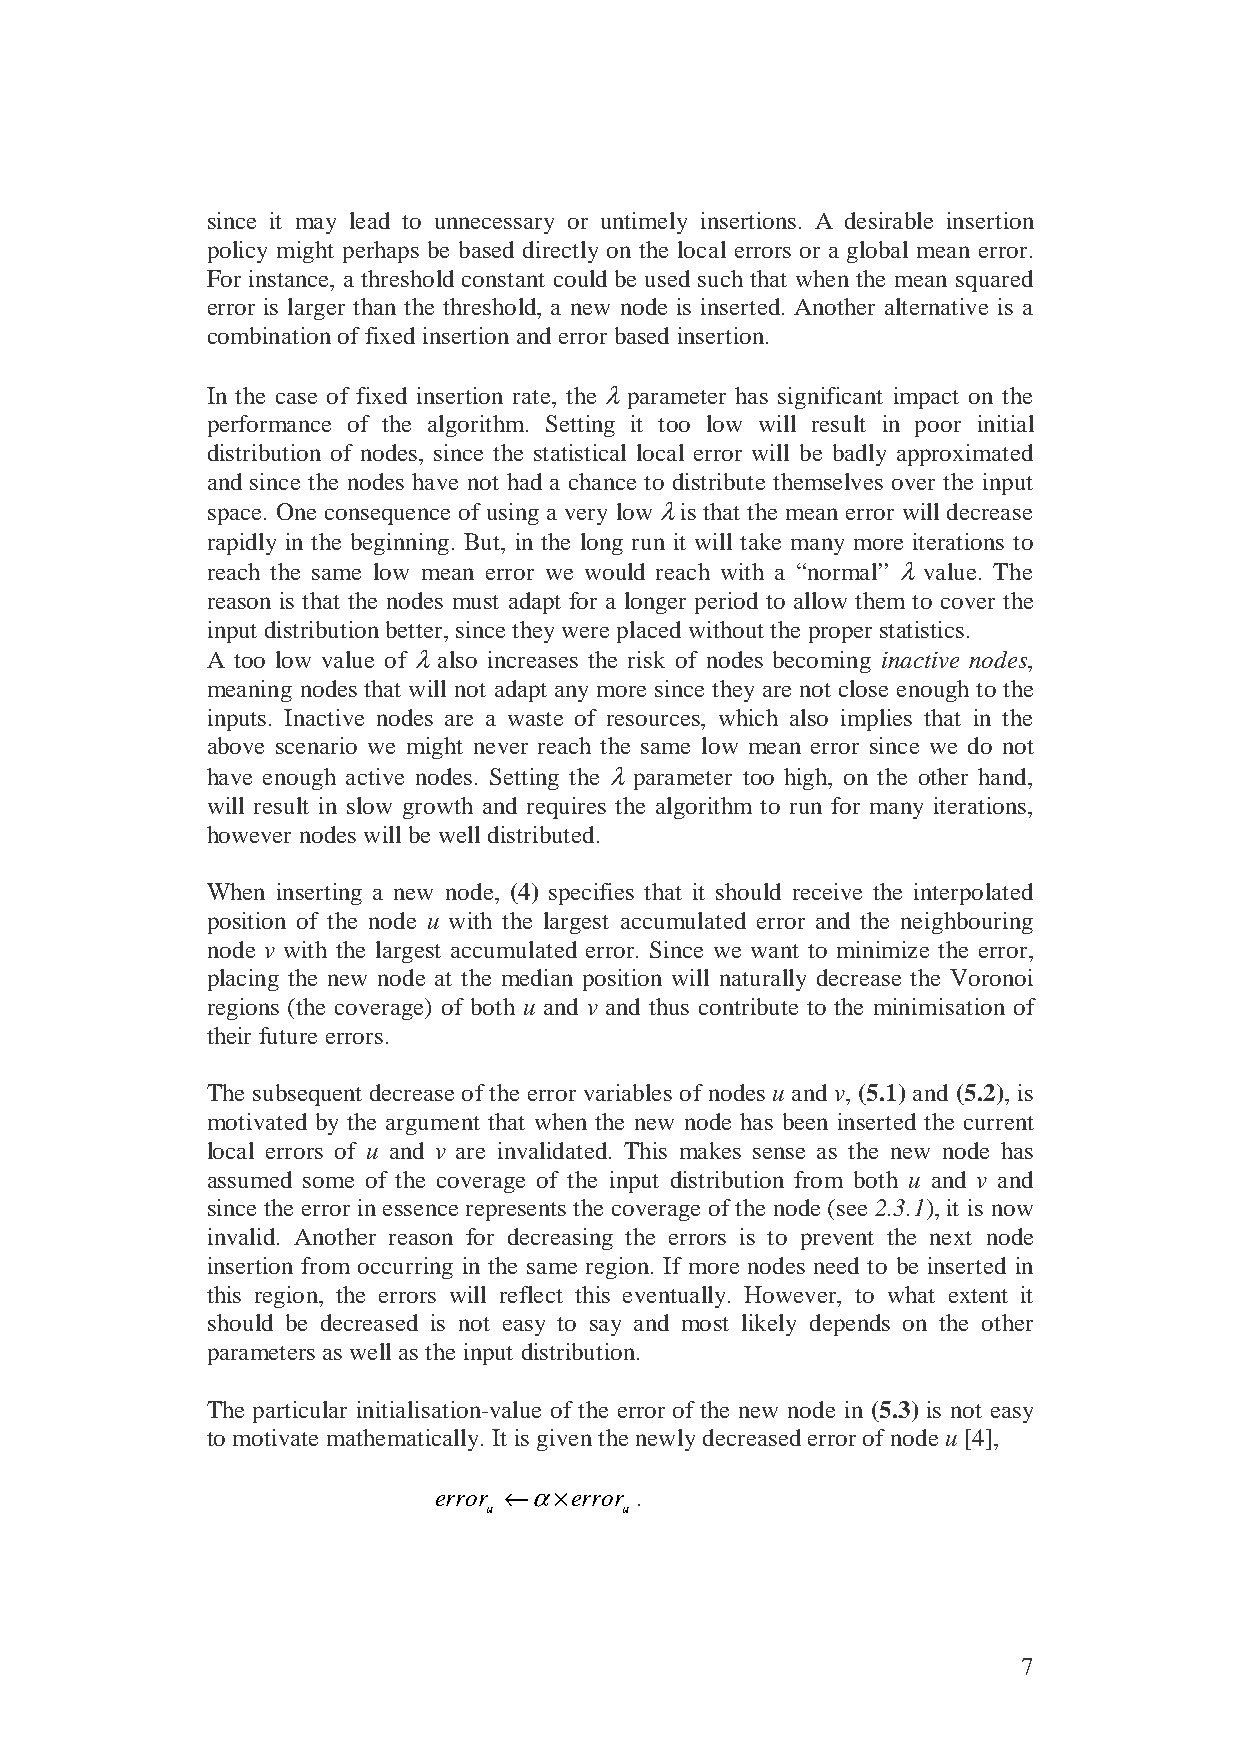
since it may lead to unnecessary or untimely insertions. A desirable insertion
 policy might perhaps be based directly on the local errors or a global mean error.
 For instance, a threshold constant could be used such that when the mean squared
 error is larger than the threshold, a new node is inserted. Another alternative is a
 combination of fixed insertion and error based insertion.
 In the case of fixed insertion rate, the λ parameter has significant impact on the
 performance of the algorithm. Setting it too low will result in poor initial
 distribution of nodes, since the statistical local error will be badly approximated
 and since the nodes have not had a chance to distribute themselves over the input
 space. One consequence of using a very low λ is that the mean error will decrease
 rapidly in the beginning. But, in the long run it will take many more iterations to
 reach the same low mean error we would reach with a “normal” λ value. The
 reason is that the nodes must adapt for a longer period to allow them to cover the
 input distribution better, since they were placed without the proper statistics.
 A too low value of λ also increases the risk of nodes becoming inactive nodes,
 meaning nodes that will not adapt any more since they are not close enough to the
 inputs. Inactive nodes are a waste of resources, which also implies that in the
 above scenario we might never reach the same low mean error since we do not
 have enough active nodes. Setting the λ parameter too high, on the other hand,
 will result in slow growth and requires the algorithm to run for many iterations,
 however nodes will be well distributed.
 When inserting a new node, (4) specifies that it should receive the interpolated
 position of the node u with the largest accumulated error and the neighbouring
 node v with the largest accumulated error. Since we want to minimize the error,
 placing the new node at the median position will naturally decrease the Voronoi
 regions (the coverage) of both u and v and thus contribute to the minimisation of
 their future errors.
 The subsequent decrease of the error variables of nodes u and v, (5.1) and (5.2), is
 motivated by the argument that when the new node has been inserted the current
 local errors of u and v are invalidated. This makes sense as the new node has
 assumed some of the coverage of the input distribution from both u and v and
 since the error in essence represents the coverage of the node (see 2.3.1), it is now
 invalid. Another reason for decreasing the errors is to prevent the next node
 insertion from occurring in the same region. If more nodes need to be inserted in
 this region, the errors will reflect this eventually. However, to what extent it
 should be decreased is not easy to say and most likely depends on the other
 parameters as well as the input distribution.
 The particular initialisation-value of the error of the new node in (5.3) is not easy
 to motivate mathematically. It is given the newly decreased error of node u [4],
 error ←α×error .
 u        u
 7